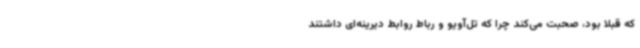
که قبلا بود، صحبت می‌کند چرا که تل‌آویو و رباط روابط دیرینه‌ای داشتند